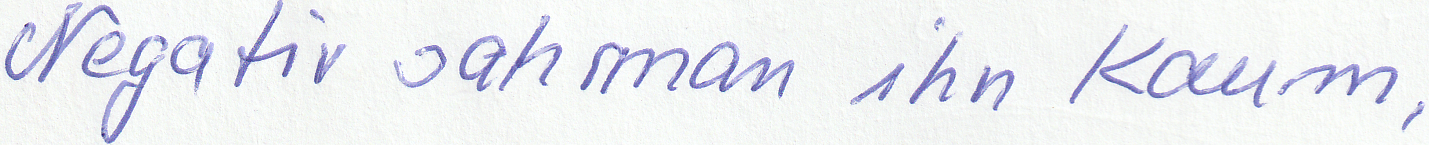
Negativ sah man ihn Kaum,